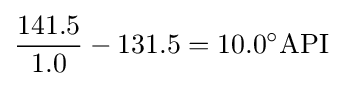
{\frac {141.5}{1.0}}-131.5=10.0^{\circ }{\text{API}}